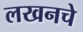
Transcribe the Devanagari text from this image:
लखनचे